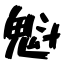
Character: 魁